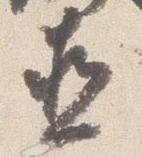
直